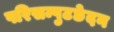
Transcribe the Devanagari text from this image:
परिसम्पुटछेदन